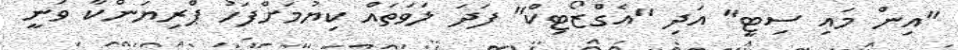
"އިން މައި ސިޓީ" އަދި "އެގްޒޯޓިކް" ފަދަ ލަވަތައް ކިޔުމަށްފަހު ޕްރިޔަންކާ ވަނީ